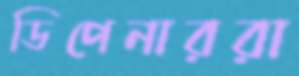
ডিপেনাররা